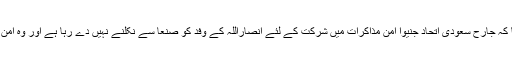
اس سے قبل پریس ذرائع نے اعلان کیا تھا کہ جارح سعودی اتحاد جنیوا امن مذاکرات میں شرکت کے لئے انصاراللہ کے وفد کو صنعا سے نکلنے نہیں دے رہا ہے اور وہ امن مذاکرات میں مسلسل رکاوٹیں کر رہا ہے۔